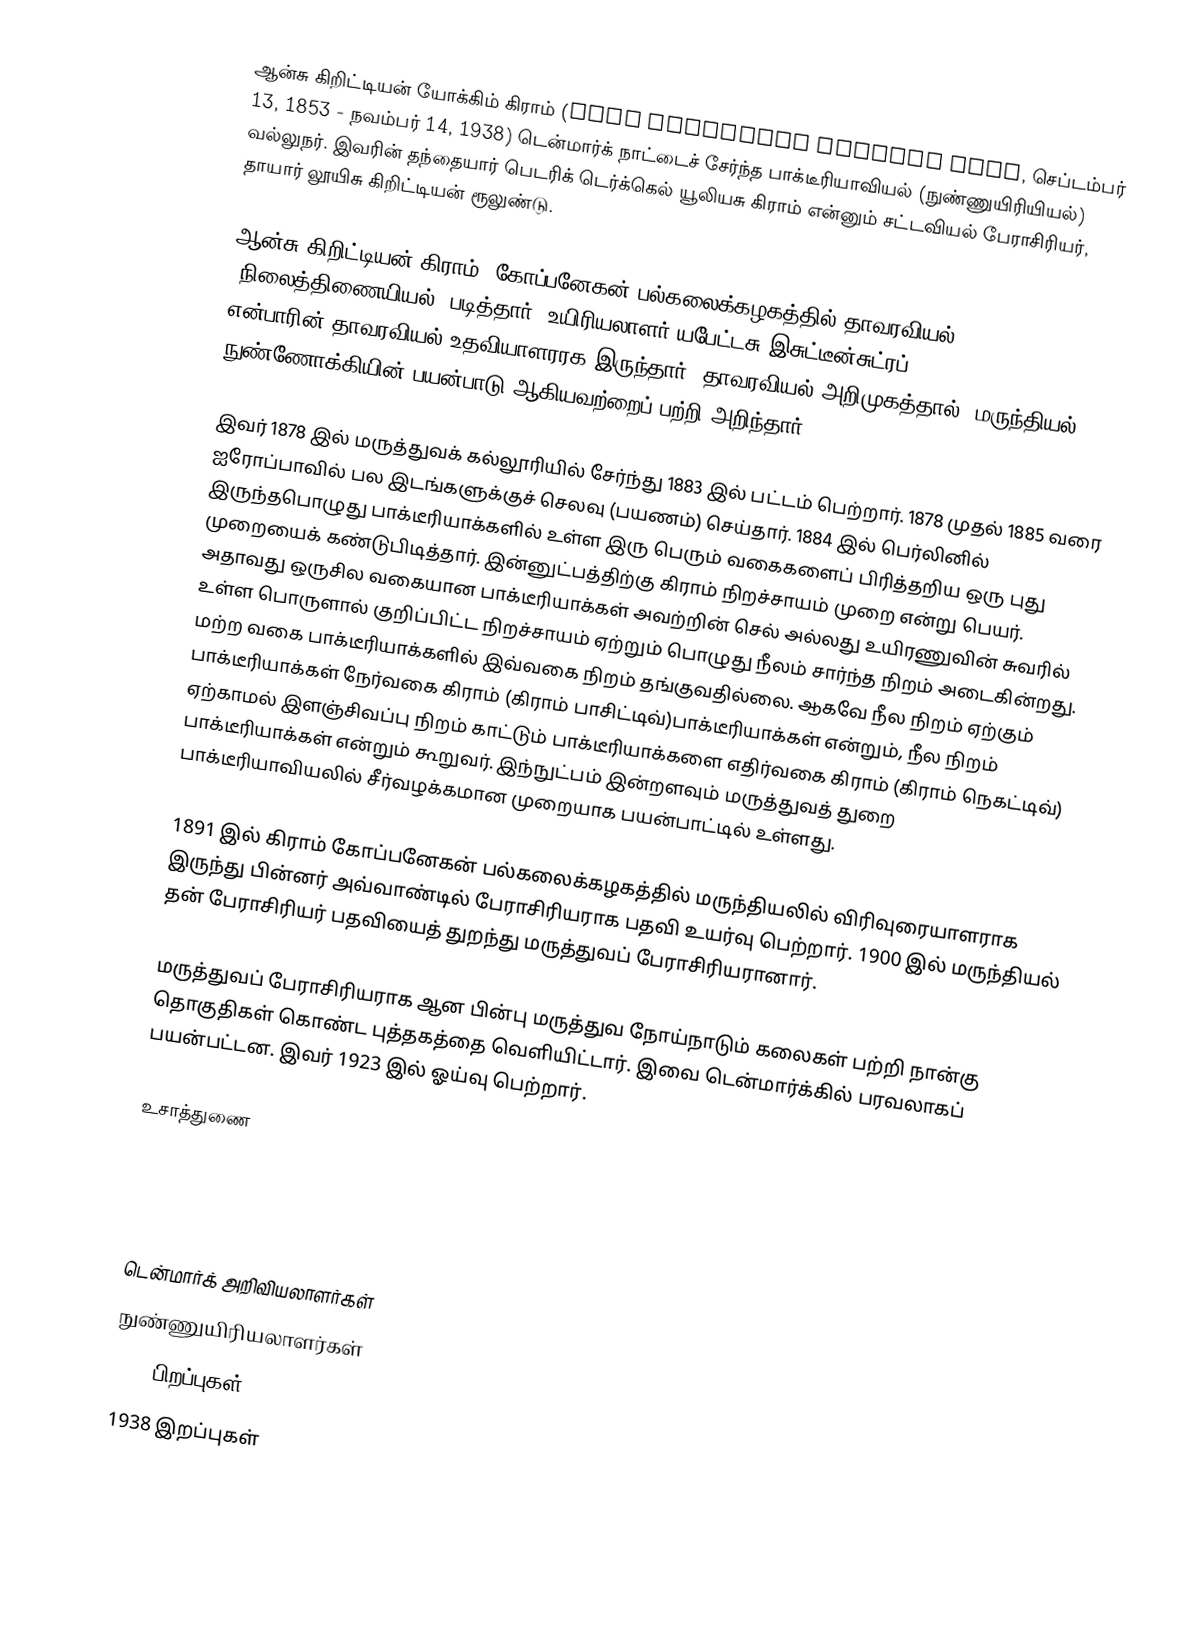
ஆன்சு கிறிட்டியன் யோக்கிம் கிராம் (Hans Christian Joachim Gram, செப்டம்பர் 13, 1853 - நவம்பர் 14, 1938) டென்மார்க் நாட்டைச் சேர்ந்த பாக்டீரியாவியல் (நுண்ணுயிரியியல்) வல்லுநர். இவரின் தந்தையார் பெடரிக் டெர்க்கெல் யூலியசு கிராம் என்னும் சட்டவியல் பேராசிரியர், தாயார் லூயிசு கிறிட்டியன் ரூலுண்டு.

ஆன்சு கிறிட்டியன் கிராம், கோப்பனேகன் பல்கலைக்கழகத்தில் தாவரவியல் (நிலைத்திணையியல்) படித்தார். உயிரியலாளர் யபேட்டசு இசுட்டீன்சுட்ரப் (Japetus Steenstrup) என்பாரின் தாவரவியல் உதவியாளரரக இருந்தார். தாவரவியல் அறிமுகத்தால், மருந்தியல், நுண்ணோக்கியின் பயன்பாடு ஆகியவற்றைப் பற்றி அறிந்தார்

இவர் 1878 இல் மருத்துவக் கல்லூரியில் சேர்ந்து 1883 இல் பட்டம் பெற்றார். 1878 முதல் 1885 வரை ஐரோப்பாவில் பல இடங்களுக்குச் செலவு (பயணம்) செய்தார். 1884 இல் பெர்லினில் இருந்தபொழுது பாக்டீரியாக்களில் உள்ள இரு பெரும் வகைகளைப் பிரித்தறிய ஒரு புது முறையைக் கண்டுபிடித்தார்.  இன்னுட்பத்திற்கு கிராம் நிறச்சாயம் முறை என்று பெயர். அதாவது ஒருசில வகையான பாக்டீரியாக்கள் அவற்றின் செல் அல்லது உயிரணுவின் சுவரில் உள்ள பொருளால் குறிப்பிட்ட நிறச்சாயம் ஏற்றும் பொழுது நீலம் சார்ந்த நிறம் அடைகின்றது. மற்ற வகை பாக்டீரியாக்களில் இவ்வகை நிறம் தங்குவதில்லை. ஆகவே நீல நிறம் ஏற்கும் பாக்டீரியாக்கள் நேர்வகை கிராம் (கிராம் பாசிட்டிவ்)பாக்டீரியாக்கள் என்றும், நீல நிறம் ஏற்காமல் இளஞ்சிவப்பு நிறம் காட்டும் பாக்டீரியாக்களை எதிர்வகை கிராம் (கிராம் நெகட்டிவ்) பாக்டீரியாக்கள் என்றும் கூறுவர். இந்நுட்பம் இன்றளவும் மருத்துவத் துறை பாக்டீரியாவியலில் சீர்வழக்கமான முறையாக பயன்பாட்டில் உள்ளது.

1891 இல் கிராம் கோப்பனேகன் பல்கலைக்கழகத்தில் மருந்தியலில் விரிவுரையாளராக இருந்து பின்னர் அவ்வாண்டில் பேராசிரியராக பதவி உயர்வு பெற்றார். 1900 இல் மருந்தியல் தன் பேராசிரியர் பதவியைத் துறந்து மருத்துவப் பேராசிரியரானார்.

மருத்துவப் பேராசிரியராக ஆன பின்பு மருத்துவ நோய்நாடும் கலைகள் பற்றி நான்கு தொகுதிகள் கொண்ட புத்தகத்தை வெளியிட்டார். இவை டென்மார்க்கில் பரவலாகப் பயன்பட்டன. இவர் 1923 இல் ஓய்வு பெற்றார்.

உசாத்துணை

)

டென்மார்க் அறிவியலாளர்கள்
நுண்ணுயிரியலாளர்கள்
1853 பிறப்புகள்
1938 இறப்புகள்